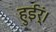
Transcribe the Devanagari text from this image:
हुईर्ं।